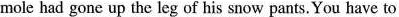
mole had gone up the leg of his snow pants. You have to